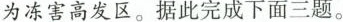
为冻害高发区。据此完成下面三题。